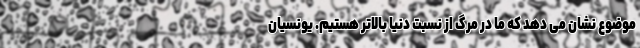
موضوع نشان می دهد که ما در مرگ از نسبت دنیا بالاتر هستیم. یونسیان